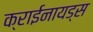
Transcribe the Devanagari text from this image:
क्राईनायड्स